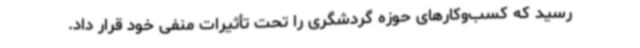
رسید که کسب‌وکارهای حوزه گردشگری را تحت تأثیرات منفی خود قرار داد.